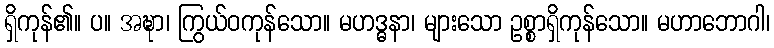
ရှိကုန်၏။ ပ။ အဍ္ဎာ၊ ကြွယ်ဝကုန်သော။ မဟဒ္ဓနာ၊ များသော ဥစ္စာရှိကုန်သော။ မဟာဘောဂါ၊